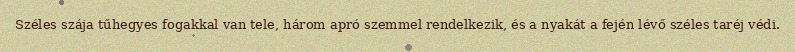
Széles szája tűhegyes fogakkal van tele, három apró szemmel rendelkezik, és a nyakát a fején lévő széles taréj védi.